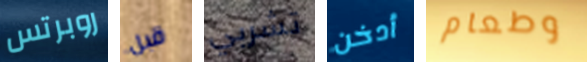
روبرتس قبل تشربي أدخن وطعام